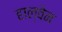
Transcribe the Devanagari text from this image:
हाल्वेन